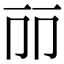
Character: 𠀙